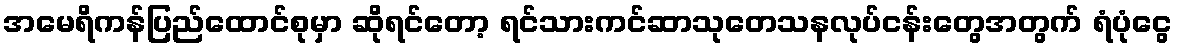
အမေရိကန်ပြည်ထောင်စုမှာ ဆိုရင်တော့ ရင်သားကင်ဆာသုတေသနလုပ်ငန်းတွေအတွက် ရံပုံငွေ